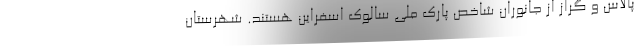
پالاس و گراز از جانوران شاخص پارک ملی سالوک اسفراین هستند. شهرستان